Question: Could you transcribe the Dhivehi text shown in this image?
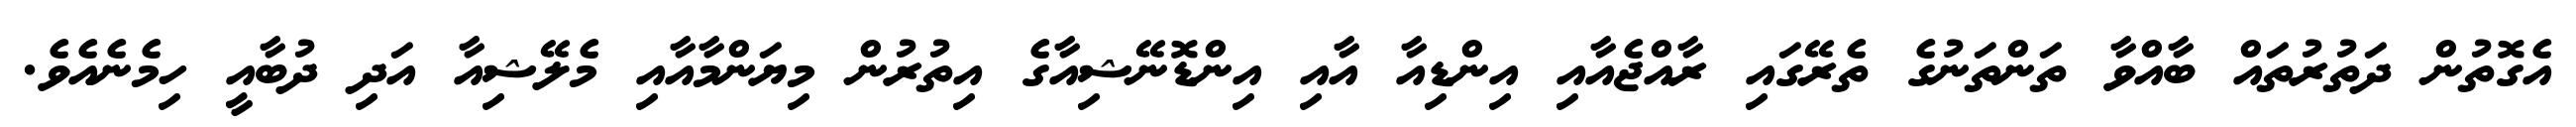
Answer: އެގޮތުން ދަތުރުތައް ބާއްވާ ތަންތަނުގެ ތެރޭގައި ރާއްޖެއާއި އިންޑިއާ އާއި އިންޑޮނޭޝިއާގެ އިތުރުން މިޔަންމާއާއި މެލޭޝިއާ އަދި ދުބާއީ ހިމެނެއެވެ.